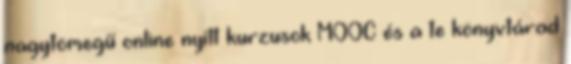
nagytömegű online nyílt kurzusok MOOC és a te könyvtárad